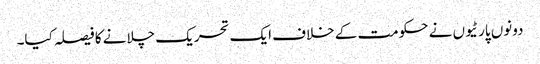
دونوں پارٹیوں نے حکومت کے خلاف ایک تحریک چلانے کا فیصلہ کیا۔